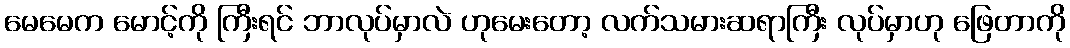
မေမေက မောင့်ကို ကြီးရင် ဘာလုပ်မှာလဲ ဟုမေးတော့ လက်သမားဆရာကြီး လုပ်မှာဟု ဖြေတာကို